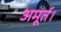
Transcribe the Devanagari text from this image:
अमूर्त।